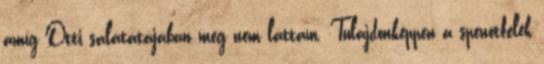
amíg Otti salátátájában meg nem láttam. Tulajdonképpen a spenótfélék